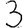
Digit: 3